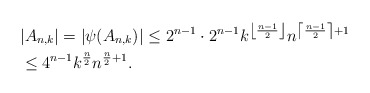
\begin{align*}& |A_{n,k}| = |\psi(A_{n,k})| \leq 2^{n-1}\cdot 2^{n-1}k^{\left\lfloor \frac{n-1}{2}\right\rfloor}n^{\left\lceil\frac{n-1}{2}\right\rceil+1}& \\& \leq 4^{n-1}k^{\frac{n}{2}}n^{\frac{n}{2}+1}. &\end{align*}